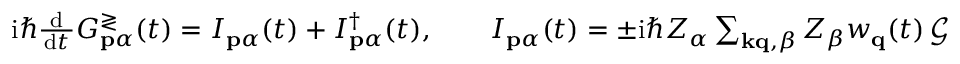
\begin{array} { r } { \mathrm { i } \hbar \frac { \mathrm { ~ d ~ } } { \mathrm { d } t } G _ { \mathbf { p } \alpha } ^ { \gtrless } ( t ) = I _ { \mathbf { p } \alpha } ( t ) + I _ { \mathbf { p } \alpha } ^ { \dagger } ( t ) , \qquad I _ { \mathbf { p } \alpha } ( t ) = \pm \mathrm { i } \hbar Z _ { \alpha } \sum _ { \mathbf { k q } , \beta } Z _ { \beta } w _ { \mathbf { q } } ( t ) \, \mathcal { G } _ { \mathbf { k p q } } ^ { \beta \alpha } ( t ) , } \end{array}